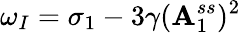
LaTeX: \omega_{I}=\sigma_{1}-3\gamma(\mathbf{A}_{1}^{ss})^{2}